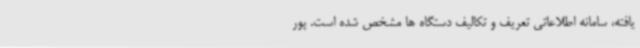
یافته، سامانه اطلاعاتی تعریف و تکالیف دستگاه ها مشخص شده است. پور